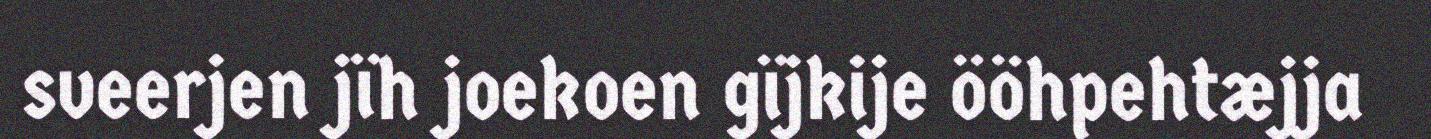
sveerjen jïh joekoen gïjkije ööhpehtæjja